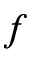
f